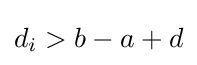
d_{i}>b-a+d